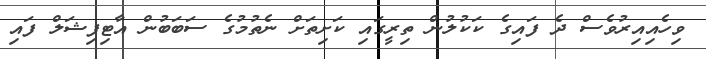
ވިހެއިއިރުވެސް ދެ ފައިގެ ކަކުލުން ތިރީގައި ކަށިތަށް ނެތުމުގެ ސަބަބުން އާޓިފިޝަލް ފައި